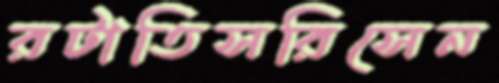
রটাতিসরিসেন